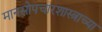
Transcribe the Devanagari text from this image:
मानसोपचारशास्त्राच्या